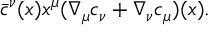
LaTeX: \bar { c } ^ { \nu } ( x ) x ^ { \mu } ( \nabla _ { \mu } c _ { \nu } + \nabla _ { \nu } c _ { \mu } ) ( x ) .